Indian journal of veterinary science and animal husbandry - Volume 9,
Year: 1939
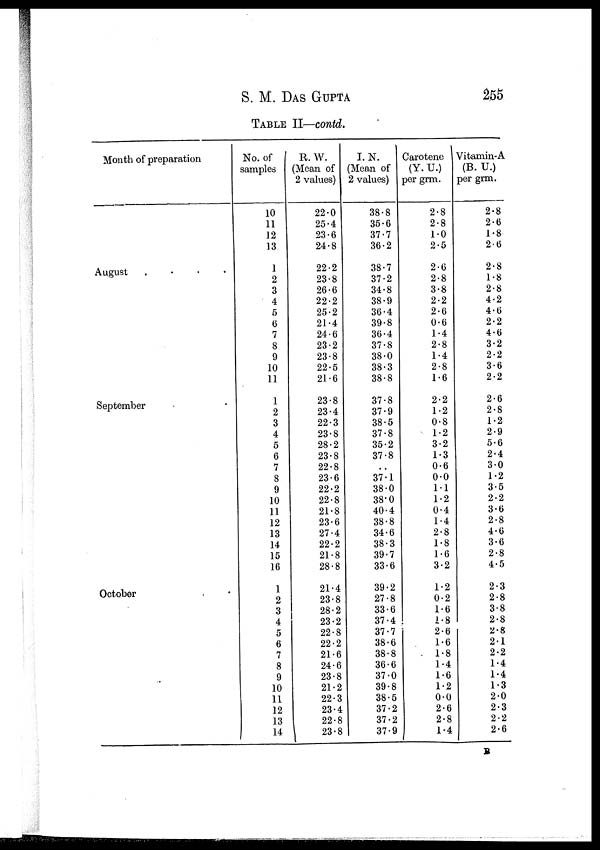
S. M. DAS GUPTA 255
TABLE II—contd.
Month of preparation
August . . . .
September . .
October . .
No. of
samples
10
11
12
13
1
2
3
4
5
6
7
8
9
10
11
1
2
3
4
5
6
7
8
9
10
11
12
13
14
15
16
1
2
3
4
5
6
7
8
9
10
11
12
13
14
R. W.
(Mean of
2 values)
22.0
25.4
23.6
24.8
22.2
23.8
26.6
22.2
25.2
21.4
24.6
23.2
23.8
22.5
21.6
23.8
23.4
22.3
23.8
28.2
23.8
22.8
23.6
22.2
22.8
21.8
23.6
27.4
22.2
21.8
28.8
21.4
23.8
28.2
23.2
22.8
22.2
21.6
24.6
23.8
21.2
22.3
23.4
22.8
23.8
I.N.
(Mean of
2 values)
38.8
35.6
37.7
36.2
38.7
37.2
34.8
38.9
36.4
39.8
36.4
37.8
38.0
38.3
38.8
37.8
37.9
38.5
37.8
35.2
37.8
..
37.1
38.0
38.0
40.4
38.8
34.6
38.3
39.7
33.6
39.2
27.8
33.6
37.4
37.7
38.6
38.8
36.6
37.0
39.8
38.5
37.2
37.2
37.9
Carotene
(Y. U.)
per grm.
2.8
2.8
1.0
2.5
2.6
2.8
3.8
2.2
2.6
0.6
1.4
2.8
1.4
2.8
1.6
2.2
1.2
0.8
1.2
3.2
1.3
0.6
0.0
1.1
1.2
0.4
1.4
2.8
1.8
1.6
3.2
1.2
0.2
1.6
1.8
2.6
1.6
1.8
1.4
1.6
1.2
0.0
2.6
2.8
1.4
Vitamin-A
(B. U.)
per grm.
2.8
2.6
1.8
2.6
2.8
1.8
2.8
4.2
4.6
2.2
4.6
3.2
2.2
3.6
2.2
2.6
2.8
1.2
2.9
5.6
2.4
3.0
1.2
3.5
2.2
3.6
2.8
4.6
3.6
2.8
4.5
2.3
2.8
3.8
2.8
2.8
2.1
2.2
1.4
1.4
1.3
2.0
2.3
2.2
2.6
B